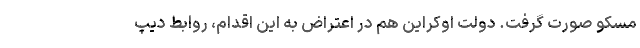
مسکو صورت گرفت. دولت اوکراین هم در اعتراض به این اقدام، روابط دیپ